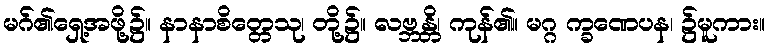
မဂ်၏ရှေ့အဖို့၌။ နာနာစိတ္တေသု၊ တို့၌။ လဗ္ဘန္တိ၊ ကုန်၏။ မဂ္ဂ က္ခဏေပန၊ ၌မူကား။